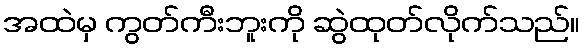
အထဲမှ ကွတ်ကီးဘူးကို ဆွဲထုတ်လိုက်သည်။